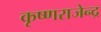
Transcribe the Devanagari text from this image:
कृष्णराजेन्द्र